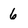
Character: 6